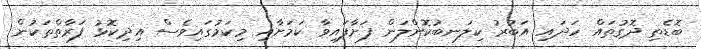
ބޮޑެތި ދޮގުތައް ހަދައި އަބުރު ކިލަނބުކޮށްލަން ފަށާފައިވާ ކަމަށާއި މިކަމުގައިވެސް އިދިކޮޅު ފަރާތްތަކުން